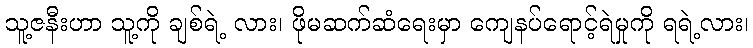
သူ့ဇနီးဟာ သူ့ကို ချစ်ရဲ့ လား၊ ဖိုမဆက်ဆံရေးမှာ ကျေနပ်ရောင့်ရဲမှုကို ရရဲ့လား၊